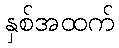
နှစ်အထက်